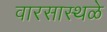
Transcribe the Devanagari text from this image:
वारसास्थळे